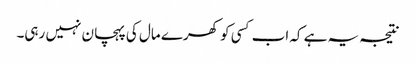
نتیجہ یہ ہے کہ اب کسی کو کھرے مال کی پہچان نہیں رہی۔